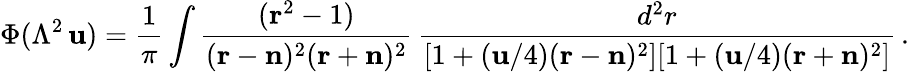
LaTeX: \Phi(\Lambda^{2}\, \mathbf{u})={\frac{{1}}{{\pi}}}\int{\frac{{({\mathbf{r}}^{2}-1)}}{{({\mathbf{r}}-{\mathbf{n}})^{2}({\mathbf{r}}+{\mathbf{n}})^{2}}}}\, {\frac{{d^{2}r}}{{[1+(\mathbf{u}/4)({\mathbf{r}}-{\mathbf{n}})^{2}][1+(\mathbf{u}/4)({\mathbf{r}}+{\mathbf{n}})^{2}]}}}\, .